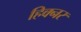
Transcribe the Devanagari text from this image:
हिक्नर